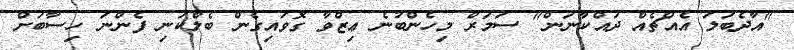
"އާދެބަލަ އެއްޗެއް ދައްކާނަން" ސަމަރް މިހެންބުނެ ޢިޒްވާ ގޮވައިގެން ބެލްކަނި ފެންނަ ހިސާބަށް